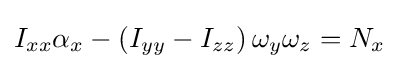
I_{xx}\alpha _{x}-\left(I_{yy}-I_{zz}\right)\omega _{y}\omega _{z}=N_{x}